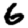
Digit: 6